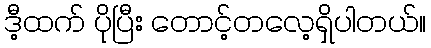
ဒီ့ထက် ပိုပြီး တောင့်တလေ့ရှိပါတယ်။